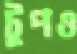
টুপও